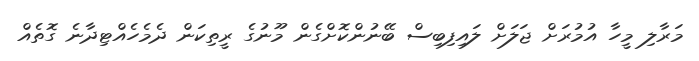
މަރާލި މީހާ އުމުރަށް ޖަލަށް ލައިފިބިސް ބޭނުންކޮށްގެން މޫނުގެ ރީތިކަން ދެމެހެއްޓިދާނެ ގޮތެއް